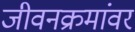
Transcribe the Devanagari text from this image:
जीवनक्रमांवर